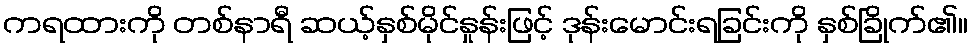
ကရထားကို တစ်နာရီ ဆယ့်နှစ်မိုင်နှုန်းဖြင့် ဒုန်းမောင်းရခြင်းကို နှစ်ခြိုက်၏။